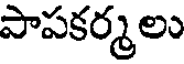
పాపకర్మలు